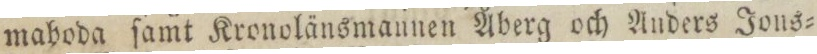
mahoda ſamt Kronolänsmannen Åberg och Anders Jons=